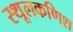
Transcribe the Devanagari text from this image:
स्थूलकणिश